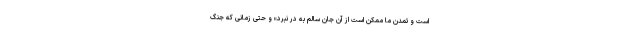
است و تمدن ما ممکن است از آن جان سالم به در نبرد» و حتی زمانی که جنگ